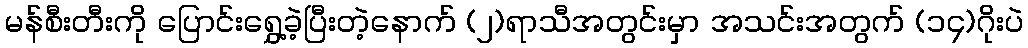
မန်စီးတီးကို ပြောင်းရွှေ့ခဲ့ပြီးတဲ့နောက် (၂)ရာသီအတွင်းမှာ အသင်းအတွက် (၁၄)ဂိုးပဲ